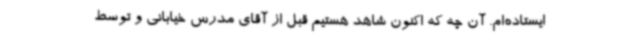
ایستاده‌ام. آن چه که اکنون شاهد هستیم قبل از آقای مدرس خیابانی و توسط